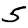
Digit: 5